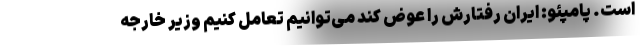
است. پامپئو: ایران رفتارش را عوض کند می‌توانیم تعامل کنیم وزیر خارجه